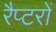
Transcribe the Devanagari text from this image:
रैप्टरों